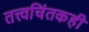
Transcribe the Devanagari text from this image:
तत्त्वचिंतकही